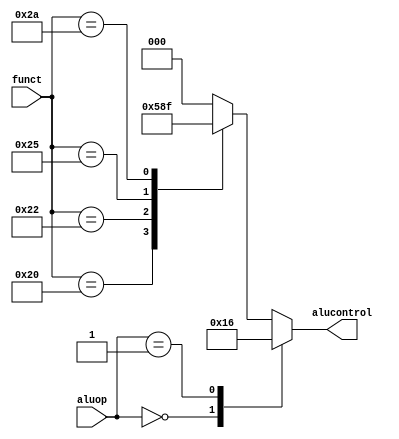
`timescale 1ns / 1ps
//////////////////////////////////////////////////////////////////////////////////
// Company: 
// Engineer: 
// 
// Design Name: 
// Module Name: aludec
// Project Name: 
// Target Devices: 
// Tool Versions: 
// Description: 
// 
// Dependencies: 
// 
// Revision:
// Revision 0.01 - File Created
// Additional Comments:
// 
//////////////////////////////////////////////////////////////////////////////////


module aludec(
	input wire[5:0] funct,
	input wire[1:0] aluop,
	output reg[2:0] alucontrol
    );
	always @(*) begin
		case (aluop)
			2'b00: alucontrol <= 3'b010;//add (for lw/sw/addi)
			2'b01: alucontrol <= 3'b110;//sub (for beq)
			default : case (funct)
				6'b100000:alucontrol <= 3'b010; //add
				6'b100010:alucontrol <= 3'b110; //sub
				6'b100100:alucontrol <= 3'b000; //and
				6'b100101:alucontrol <= 3'b001; //or
				6'b101010:alucontrol <= 3'b111; //slt
				default:  alucontrol <= 3'b000;
			endcase
		endcase
	
	end
endmodule